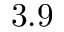
3 . 9